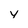
Character: y